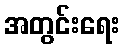
အတွင်းရေး